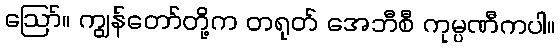
ဪ။ ကျွန်တော်တို့က တရုတ် အေဘီစီ ကုမ္ပဏီကပါ။